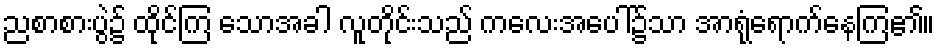
ညစာစားပွဲ၌ ထိုင်ကြ သောအခါ လူတိုင်းသည် ကလေးအပေါ်၌သာ အာရုံရောက်နေကြ၏။